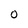
Character: 0